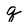
Character: q